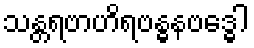
သန္တရဗာဟိရဗန္ဓနဗဒ္ဓေါ